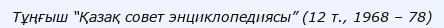
Тұңғыш “Қазақ совет энциклопедиясы” (12 т., 1968 – 78)